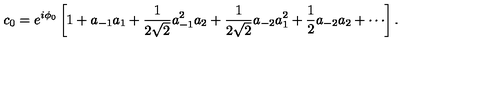
c _ { 0 } = e ^ { i \phi _ { 0 } } \left[ 1 + a _ { - 1 } a _ { 1 } + \frac { 1 } { 2 \sqrt { 2 } } a _ { - 1 } ^ { 2 } a _ { 2 } + \frac { 1 } { 2 \sqrt { 2 } } a _ { - 2 } a _ { 1 } ^ { 2 } + \frac { 1 } { 2 } a _ { - 2 } a _ { 2 } + \cdots \right] .